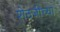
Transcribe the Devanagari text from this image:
शेठजींच्या